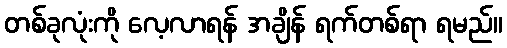
တစ်ခုလုံးကို လေ့လာရန် အချိန် ရက်တစ်ရာ ရမည်။